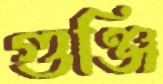
গুঞ্জি